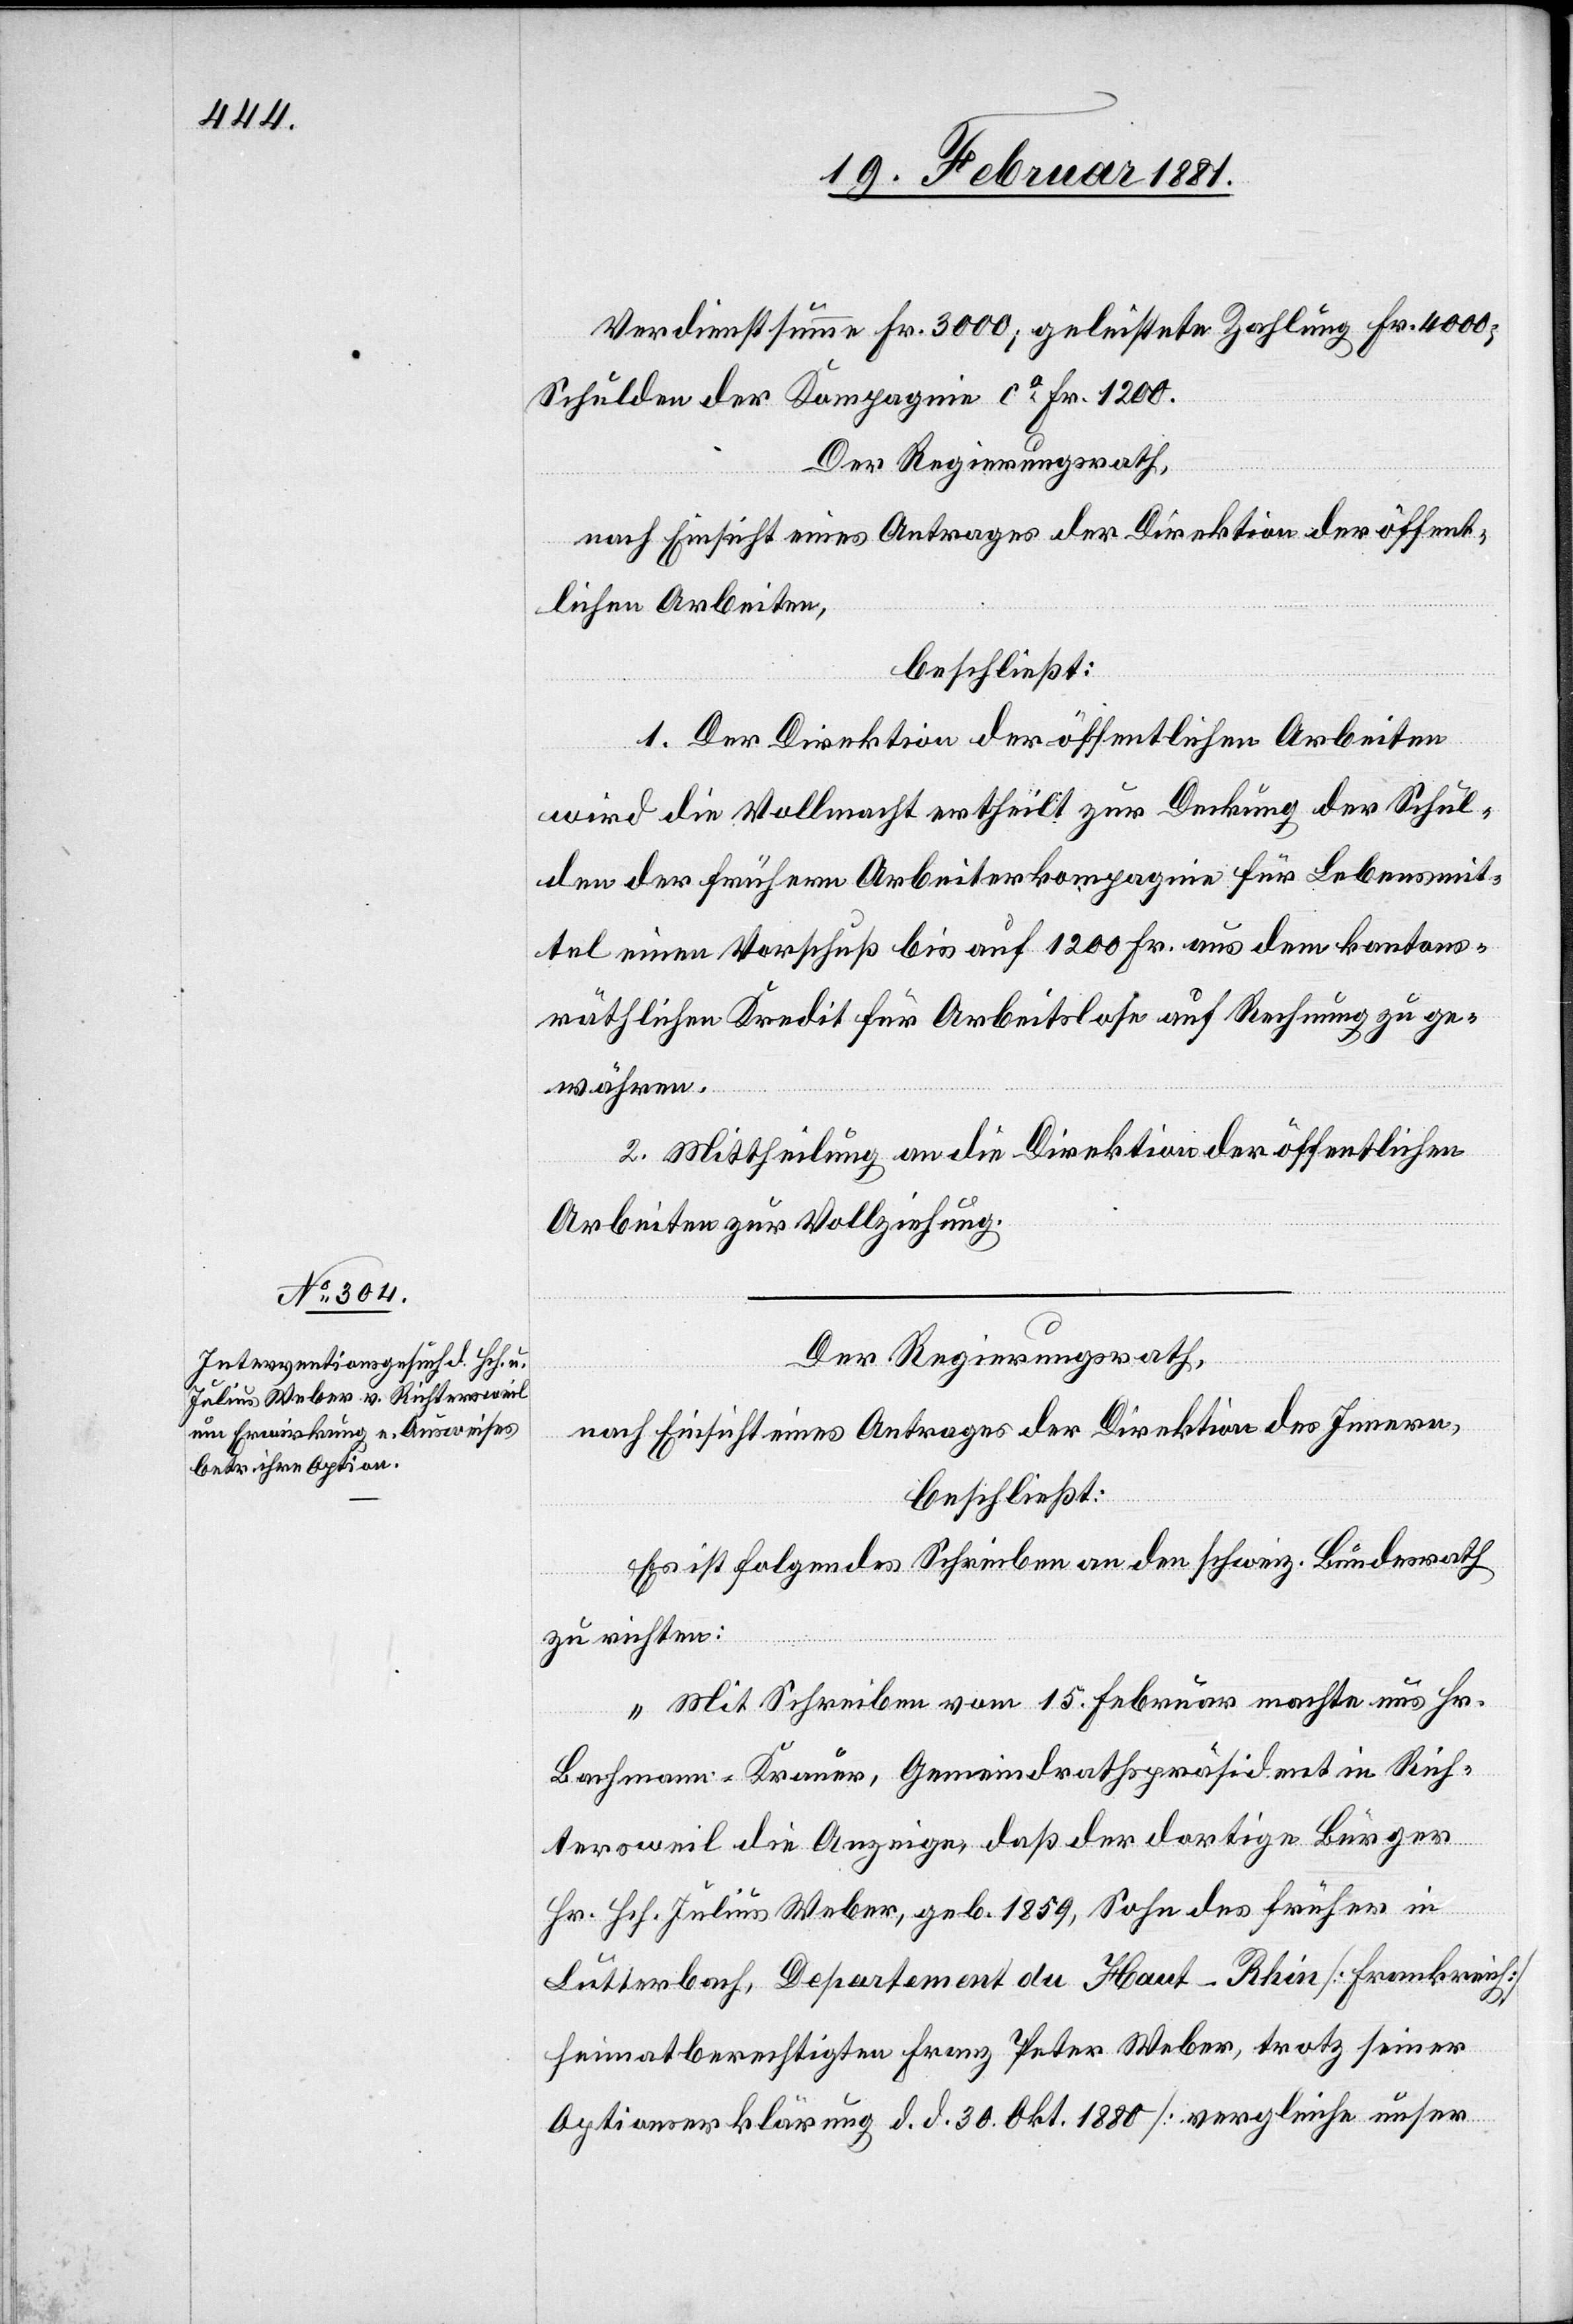
Verdienstsumme Fr. 3000; geleistete Zahlung Fr. 4000;
Schulden der Kompagnie ca Fr. 1200.
Der Regierungsrath,
nach Einsicht eines Antrages der Direktion der öffent¬
lichen Arbeiten,
beschließt:
1. Der Direktion der öffentlichen Arbeiten
wird die Vollmacht ertheilt zur Deckung der Schul¬
den der frühern Arbeiterkompagnie für Lebensmit¬
tel einen Vorschuß bis auf 1200 Fr. aus dem kantons¬
räthlichen Kredit für Arbeitslose auf Rechnung zu ge¬
währen.
2. Mittheilung an die Direktion der öffentlichen
Arbeiten zur Vollziehung.
Der Regierungsrath,
nach Einsicht eines Antrages der Direktion des Innern,
beschließt:
Es ist folgendes Schreiben an den schweiz. Bundesrath
zu richten:
„Mit Schreiben vom 15. Februar machte uns Hr.
Bachmann-Krauer, Gemeindrathspräsident in Rich¬
tersweil die Anzeige, daß der dortige Bürger
Hr. Hch. Julius Weber, geb. 1859, Sohn des früher in
Lutterbach, Departement du Haut-Rhin [Frankreich]
heimatberechtigten Franz Peter Weber, trotz seiner
Optionserklärung d. d. 30. Okt. 1880 [vergleiche unser